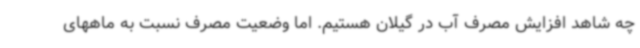
چه شاهد افزایش مصرف آب در گیلان هستیم. اما وضعیت مصرف نسبت به ماههای